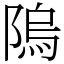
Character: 隖